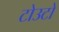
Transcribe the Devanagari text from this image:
टोउटो